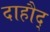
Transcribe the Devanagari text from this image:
दाहौद्